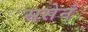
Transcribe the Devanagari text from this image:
ससेनं